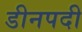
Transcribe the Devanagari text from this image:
डीनपदी